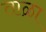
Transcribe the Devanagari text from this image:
ताळा